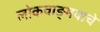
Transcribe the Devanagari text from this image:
लोकवाङ्मयाचे